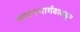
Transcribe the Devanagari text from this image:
च्यवनभार्गवाकडून